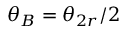
\theta _ { B } = \theta _ { 2 r } / 2